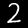
Digit: 2